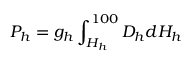
P _ { h } = g _ { h } \int _ { H _ { h } } ^ { 1 0 0 } D _ { h } d H _ { h }